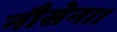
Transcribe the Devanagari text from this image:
नौसेना।